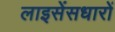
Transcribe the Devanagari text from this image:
लाइसेंसधारों